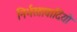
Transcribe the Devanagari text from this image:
निर्भरतावादियों